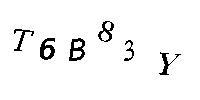
T6B83Y